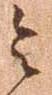
令